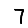
Digit: 7